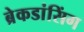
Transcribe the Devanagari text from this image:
ब्रेकडांसिंग